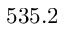
5 3 5 . 2